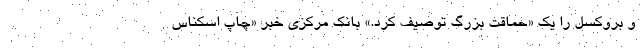
و بروکسل را یک «حماقت بزرگ توصیف کرد.» بانک مرکزی خبر «چاپ اسکناس